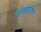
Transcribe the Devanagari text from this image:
चाक्रायण